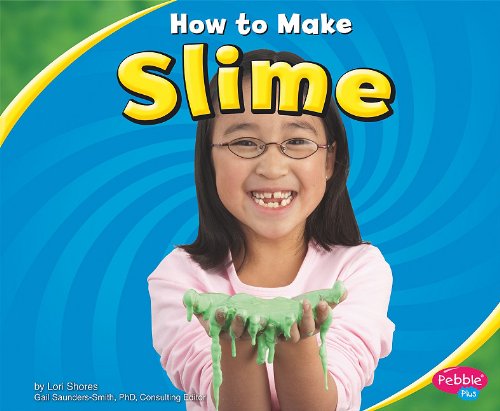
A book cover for How to Make Slime (Hands-On Science Fun); Lori Shores; Children's Books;